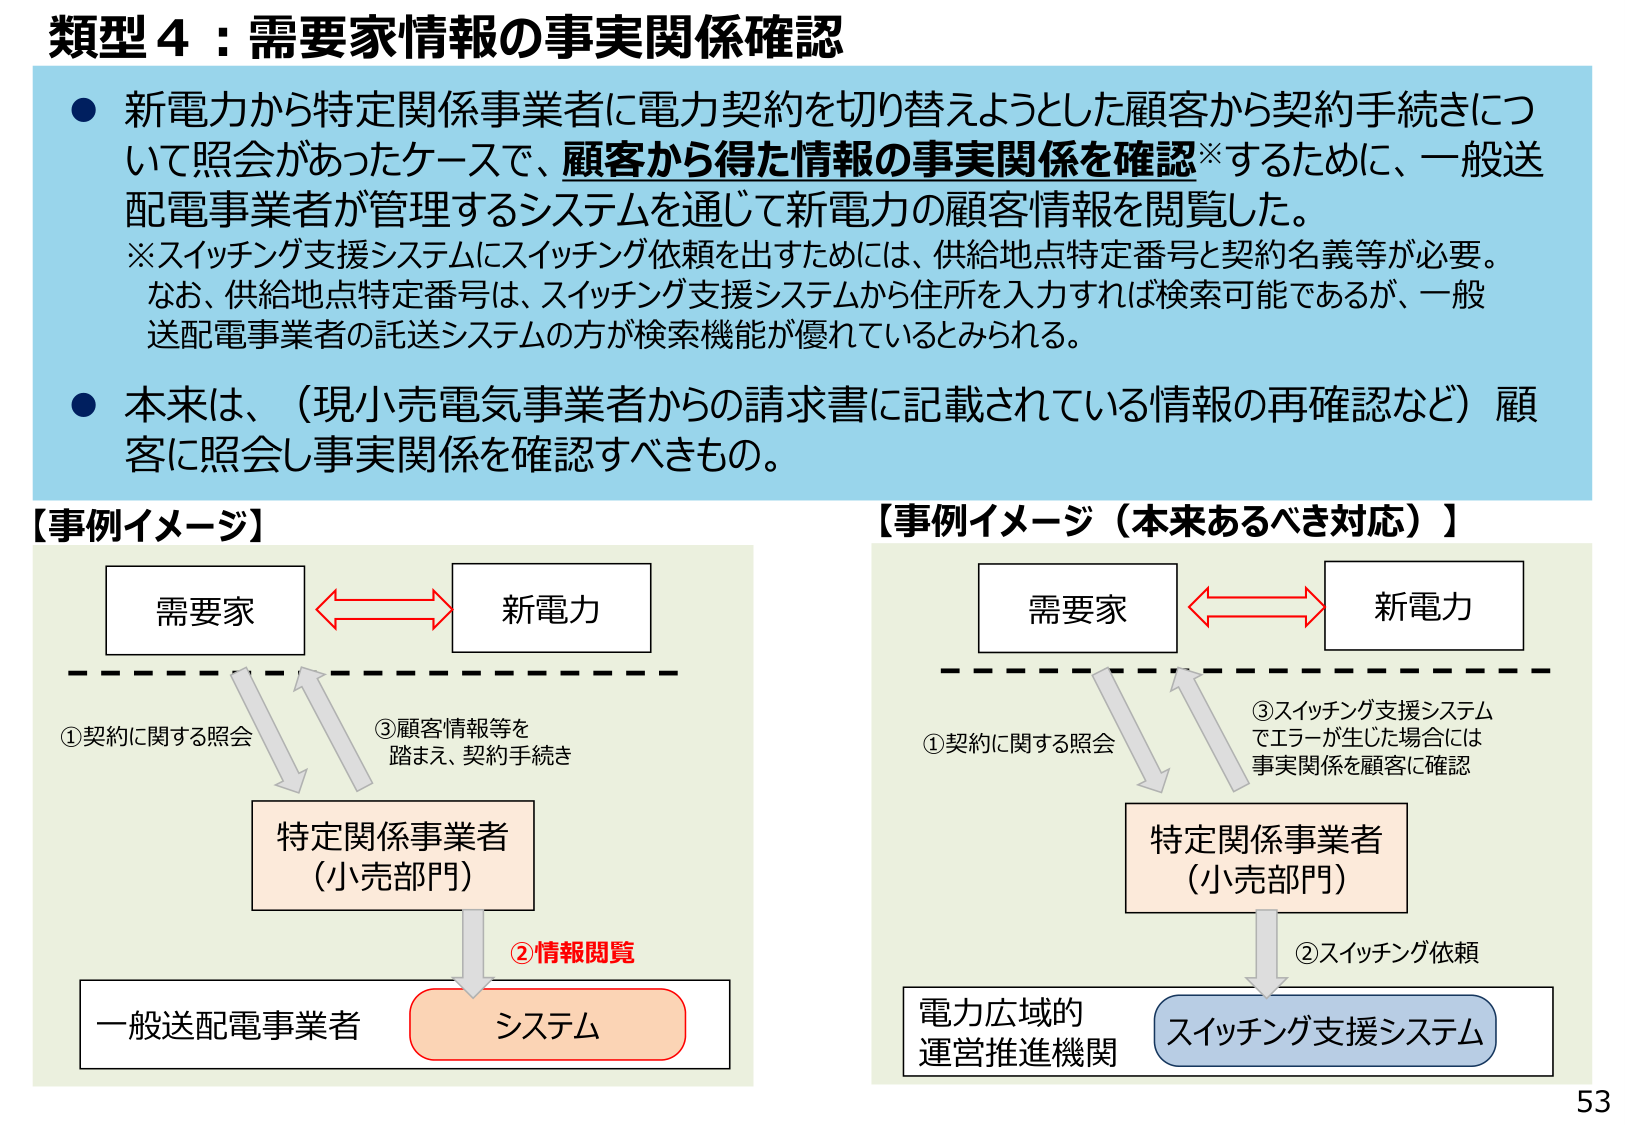
類型４：需要家情報の事実関係確認

● 新電力から特定関係事業者に電力契約を切り替えようとした顧客から契約手続きについて照会があったケースで、顧客から得た情報の事実関係を確認※するために、一般送配電事業者が管理するシステムを通じて新電力の顧客情報を閲覧した。
※スイッチング支援システムにスイッチング依頼を出すためには、供給地点特定番号と契約名義等が必要。なお、供給地点特定番号は、スイッチング支援システムから住所を入力すれば検索可能であるが、一般送配電事業者の託送システムの方が検索機能が優れているとみられる。

● 本来は、（現小売電気事業者からの請求書に記載されている情報の再確認など）顧客に照会し事実関係を確認すべきもの。

【事例イメージ】
需要家 ←→ 新電力
①契約に関する照会
③顧客情報等を踏まえ、契約手続き
特定関係事業者（小売部門）
②情報閲覧
一般送配電事業者 システム

【事例イメージ（本来あるべき対応）】
需要家 ←→ 新電力
①契約に関する照会
③スイッチング支援システムでエラーが生じた場合には事実関係を顧客に確認
特定関係事業者（小売部門）
②スイッチング依頼
電力広域的運営推進機関 スイッチング支援システム

53